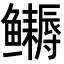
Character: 𬶹